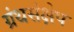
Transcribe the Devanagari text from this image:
ग्रंथसंक्षेप